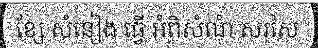
ខ្សែ សំនៀង ធ្វើ អំពិសំណុំ សរសៃ